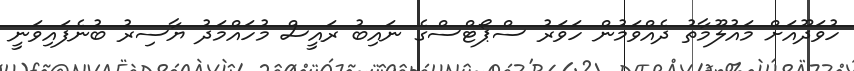
ހުވަދޫއަށް މައުލޫމާތު ދެއްވަމުން ހަވަރު ސްޕޯޓްސްގެ ނައިބު ރައީސް މުހައްމަދު ޔާސިރު ބުނެފައިވަނީ